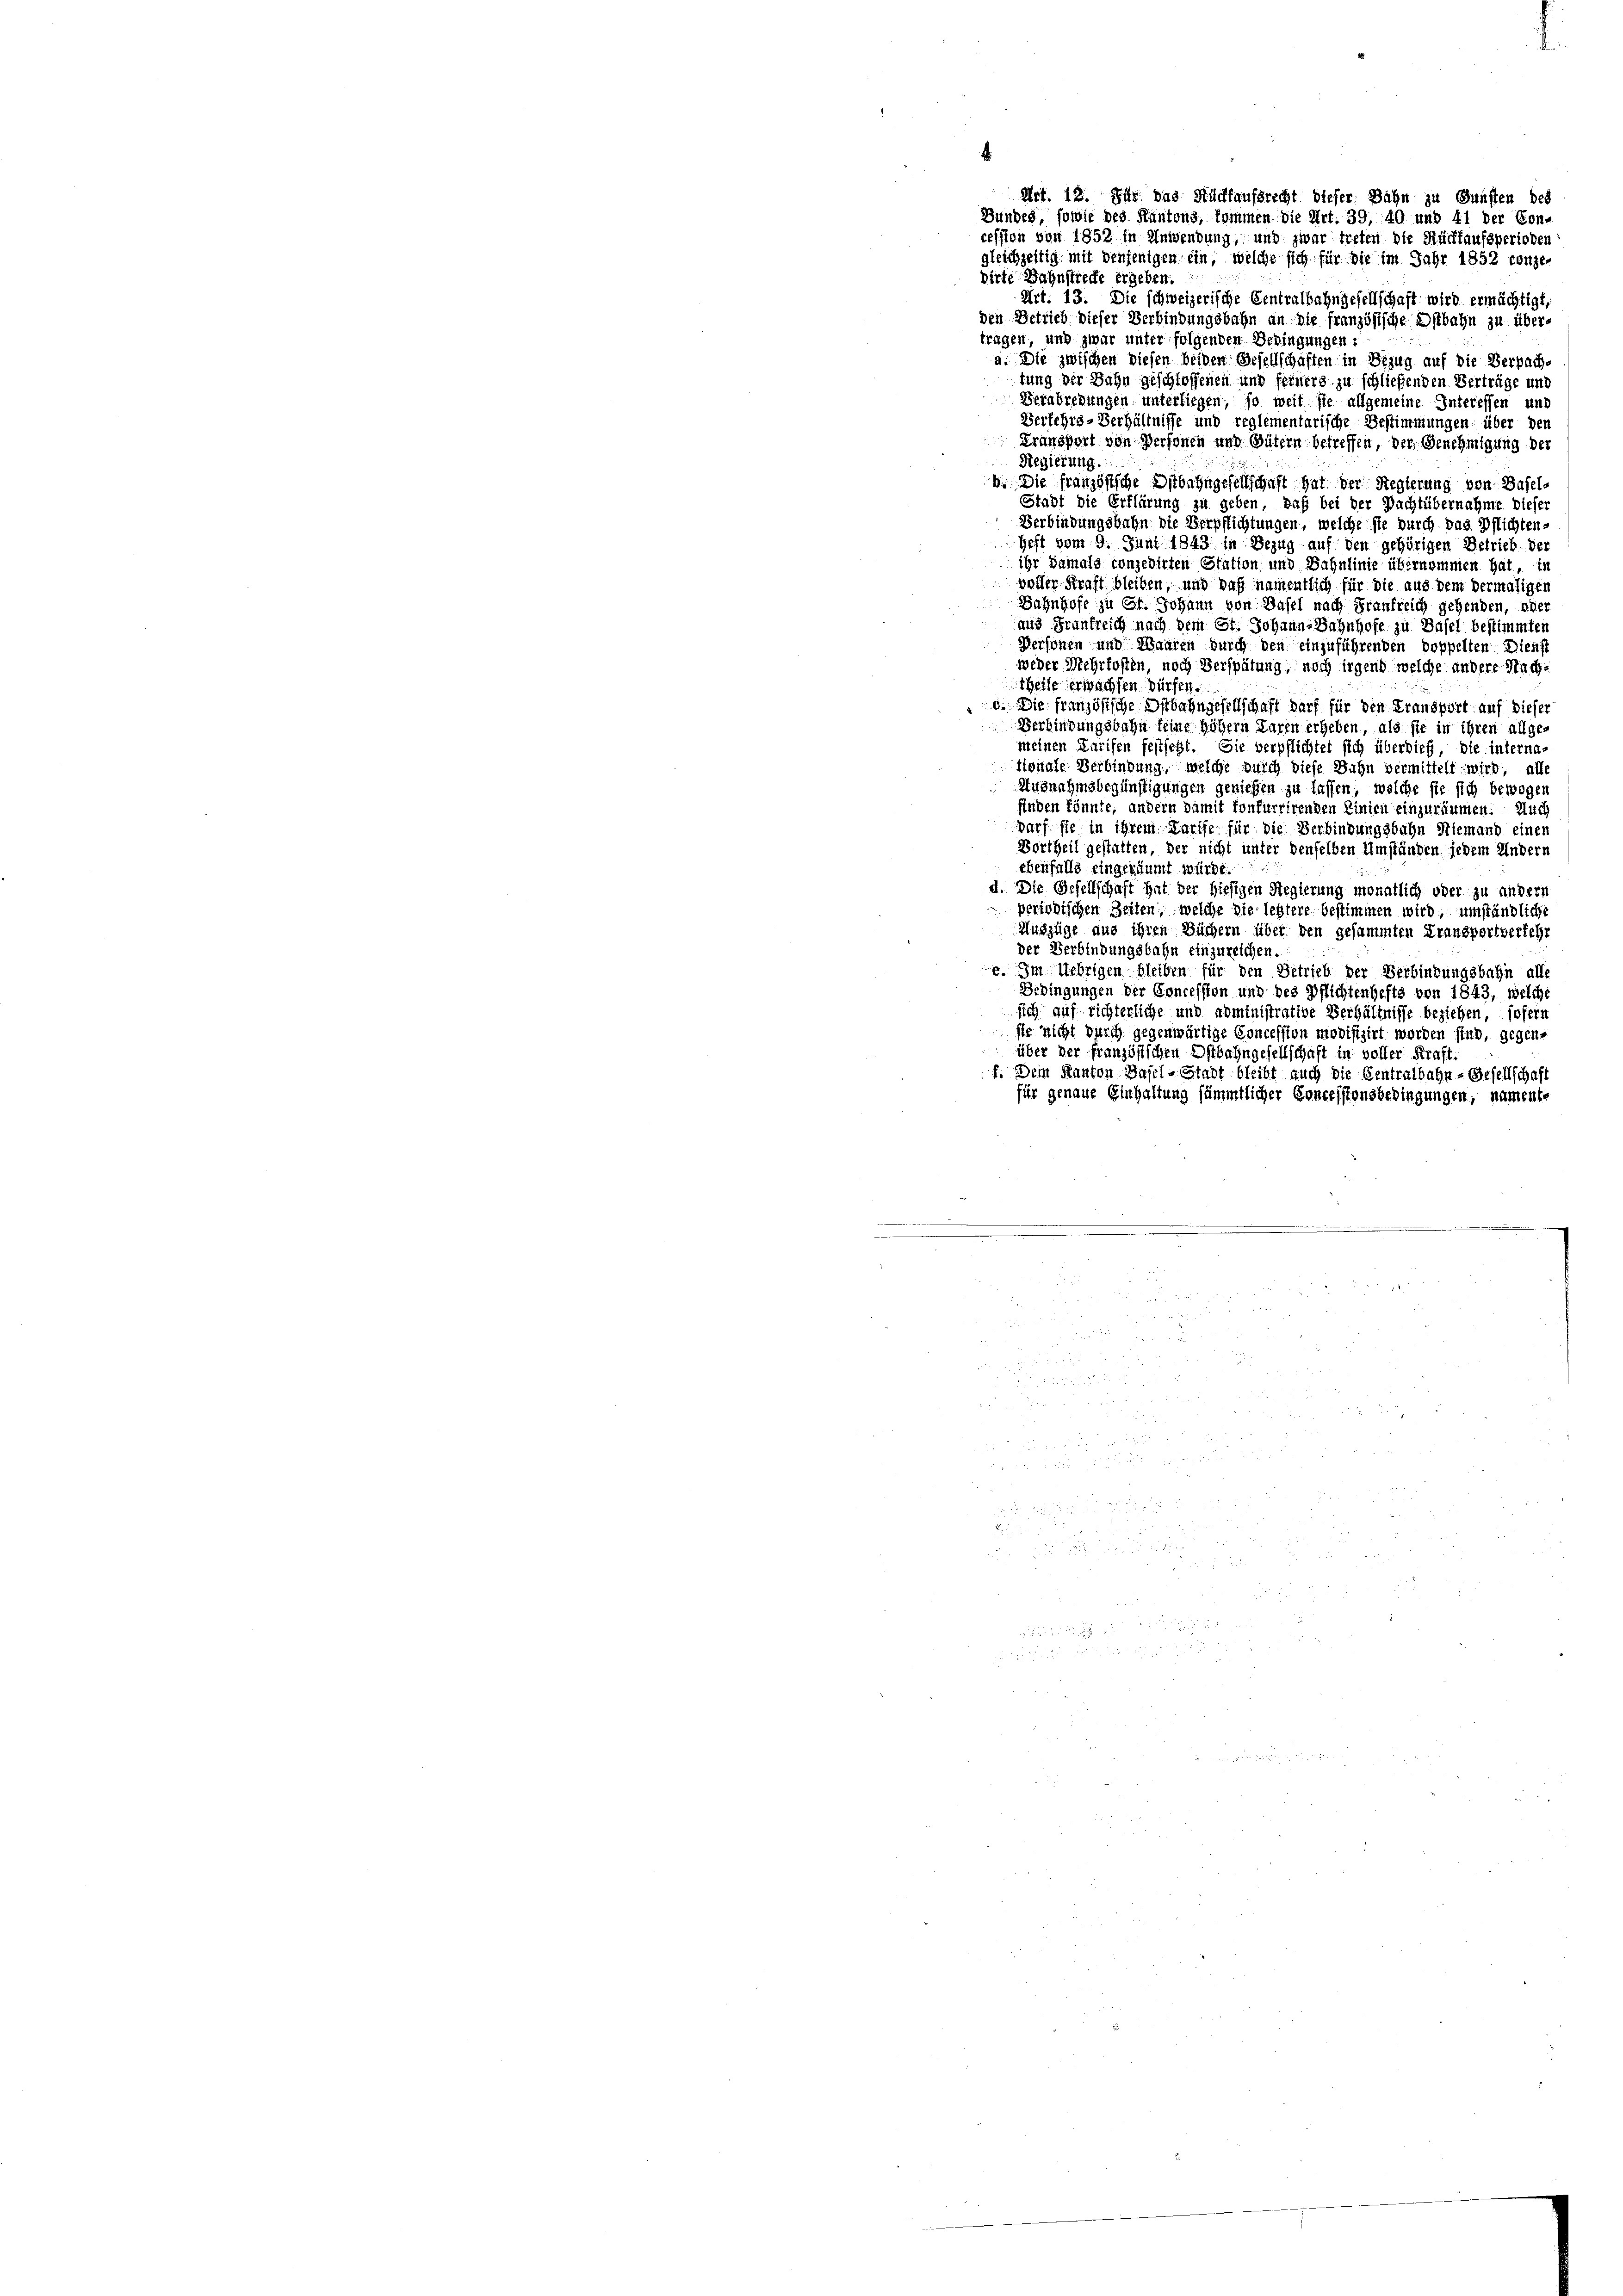
Bundes, sowie des Kantons, kommen die Art. 39, 40 und 41 der Con-
cession von 1852 in Anwendung, und zwar treten die Rückkaufsperioden
gleichzeitig mit denjenigen ein, welche sich für die im Jahr 1852 konze¬
Art. 13. Die schweizerische Centralbahngesellschaft wird ermächtigt,
den Betrieb dieser Verbindungsbahn an die französische Ostbahn zu über-
tragen, und zwar unter folgenden Bedingungen:
a. Die zwischen Diesen beiden Besellschaften in Bezug auf die Verpachtung der Bahn geschlossenen und feiners zu schließenden Verträge und
Berabredungen unterliegen, so weit sie allgemeine Interessen und
Verkehrs-Verhältnisse und reglementarische Bestimmungen über den
Transport von Personen und Gütern betreffen, der Genehmigung der
Regierung.
h. Die französische Dubahngesellschaft hat der Regierung von Basel-
Stadt die Erklärung zu geben, daß bei der Pachtübernahme dieser
Verbindungsbahn die Verpflichtungen, welche sie durch das Pflichten¬
Heft vom 9. Juni 1843 in Bezug auf den gehörigen Betrieb der
ihr damals conzedirten Station und Bahnlinie übernommen hat, in
 voller Kraft bleiben, und daß namentlich für die aus dem Vermäsigen
Bahnhofe zu St. Johann von Basel nach Frankreich gehenden, eher
aus Frankreich nach dem St. Johann-Bahnhofe zu Basel bestimmten
Personen und Waaren durch den einzuführenden doppelten Dienst
weder Mehrkosten, noch Verspätung, noch irgend welche andere Nachtheile erwachsen. Würfen.
c. Die französische Ostbahngesellschaft darf für den Fransport auf dieser
Verbindungsbahn keine höhern Laxen ergeben, als sie in ihren allge-
meinen Karifen festsetzt. Sie verpflichtet sich überdieß, die internationale Verbindung, welche durch diese Dahn vermittelt wird, all
Ausnahmsbegünstigungen geniessen zu lassen, welche sie sich bewegen
finden könnte, andern damit konfurrirenden Linien einzuräumen. Auch
darf sie in ihrem Tarife für die Verbindungsbahn Niemand einen
Vortheil gestatten, der nicht unter denselben Umständen jedem Andern
ebenfalls eingeräumt würde.
d. Die Gesellschaft hat der hiesigen Regierung monatlich oder zu andern
periodischen Zeiten, welche die lebtere bestimmen wird, umständliche
Auszüge aus ihren Büchern über den gesammten Fransportverkehr
der Verbindungsbahn einzureichen.
e. Im Uebrigen bleiben für den Betrieb der Verbindungsbahn alle
Bebingungen der Concession und des Pflichtenhefts von 1843, welche
sich auf richterliche und administrative Verhältnisse beziehen, sofern
ste nicht durch gegenwärtige Concession modifizirt worden sind, gegen-
über der französischen Ostbahngesellschaft in voller Kraft.
f. Dem Kanton Basel-Stadt bleibt auch die Centralbahn- Gesellschaft
für genaue Einhaltung sämmtlicher Concessionsbedingungen, namente

dirte Bahnstrecke ergeben.

.

Art. 12. Für das Rückfaufsrecht dieser Bahn zu Gunsten bes